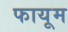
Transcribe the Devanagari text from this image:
फायूम